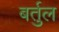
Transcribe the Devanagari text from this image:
बर्तुल